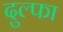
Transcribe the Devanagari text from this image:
दुल्‍फा